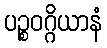
ပဉ္စဝဂ္ဂိယာနံ